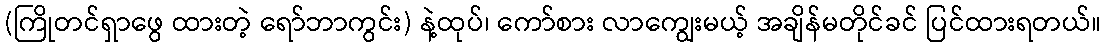
(ကြိုတင်ရှာဖွေ ထားတဲ့ ရော်ဘာကွင်း) နဲ့ထုပ်၊ ကော်စား လာကျွေးမယ့် အချိန်မတိုင်ခင် ပြင်ထားရတယ်။